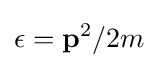
\epsilon ={\bf {p}}^{2}/2m